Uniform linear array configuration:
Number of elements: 64
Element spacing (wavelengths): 1
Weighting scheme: exponential
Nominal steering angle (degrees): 60
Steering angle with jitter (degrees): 59.964
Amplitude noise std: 0.05
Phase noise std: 0.05

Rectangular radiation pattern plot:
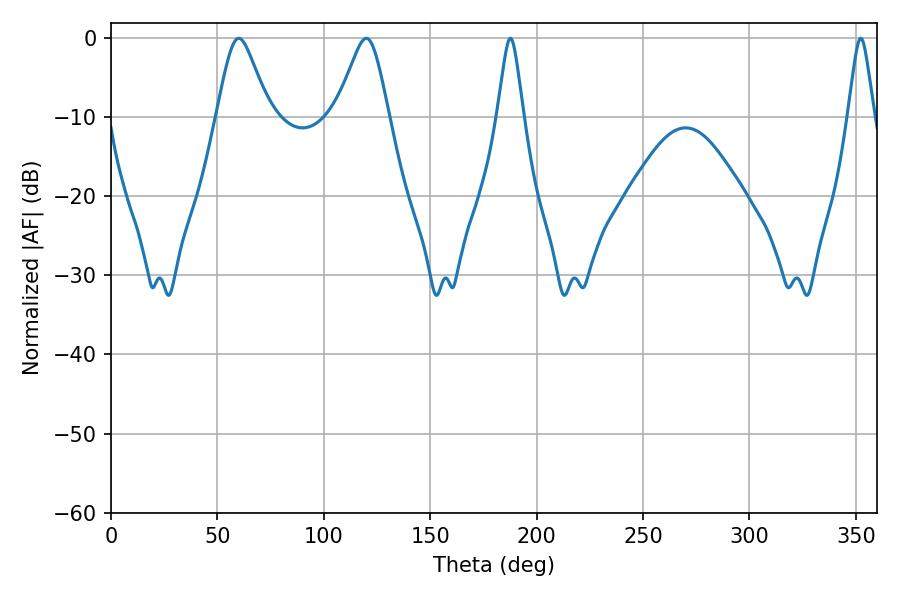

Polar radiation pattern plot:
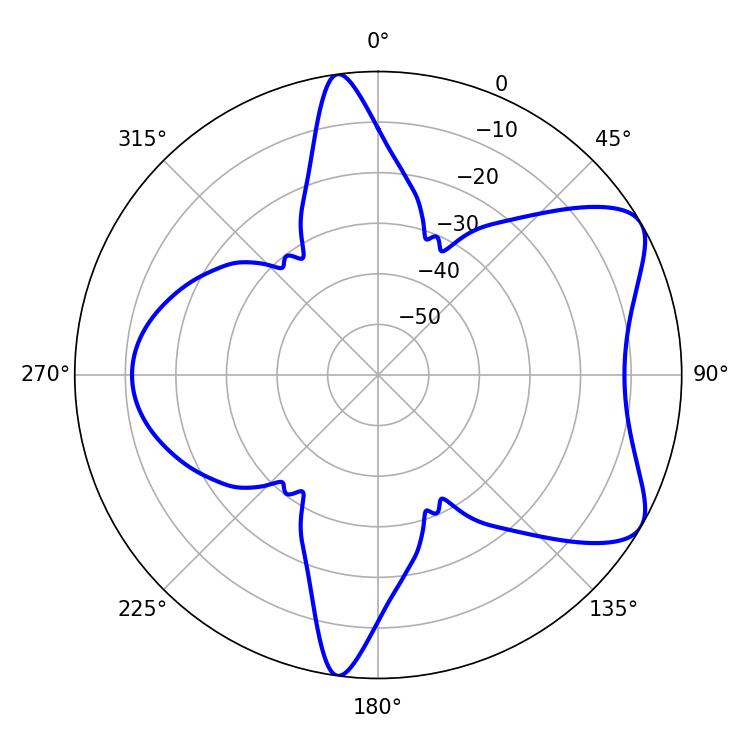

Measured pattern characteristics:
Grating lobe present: TRUE
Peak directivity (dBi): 7.072
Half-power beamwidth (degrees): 11.88
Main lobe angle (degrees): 60.12